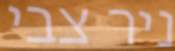
ניר צבי